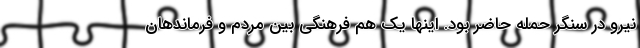
نیرو در سنگر حمله حاضر بود. اینها یک هم فرهنگی بین مردم و فرماند‌هان